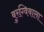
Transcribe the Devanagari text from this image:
बुरग्विबाला